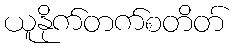
ယူနိုက်တက်စတိတ်